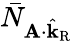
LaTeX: \bar{N}_{\mathbf{A}\cdot\hat{\mathbf{k}}_{\mathrm{R}}}